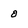
Character: 0